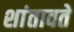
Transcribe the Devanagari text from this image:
शांतावते